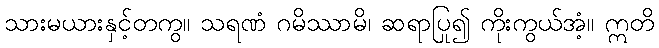
သားမယားနှင့်တကွ။ သရဏံ ဂမိဿာမိ၊ ဆရာပြု၍ ကိုးကွယ်အံ့။ ဣတိ